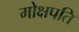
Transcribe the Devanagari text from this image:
मोक्षपति